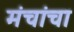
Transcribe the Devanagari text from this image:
मंचांचा